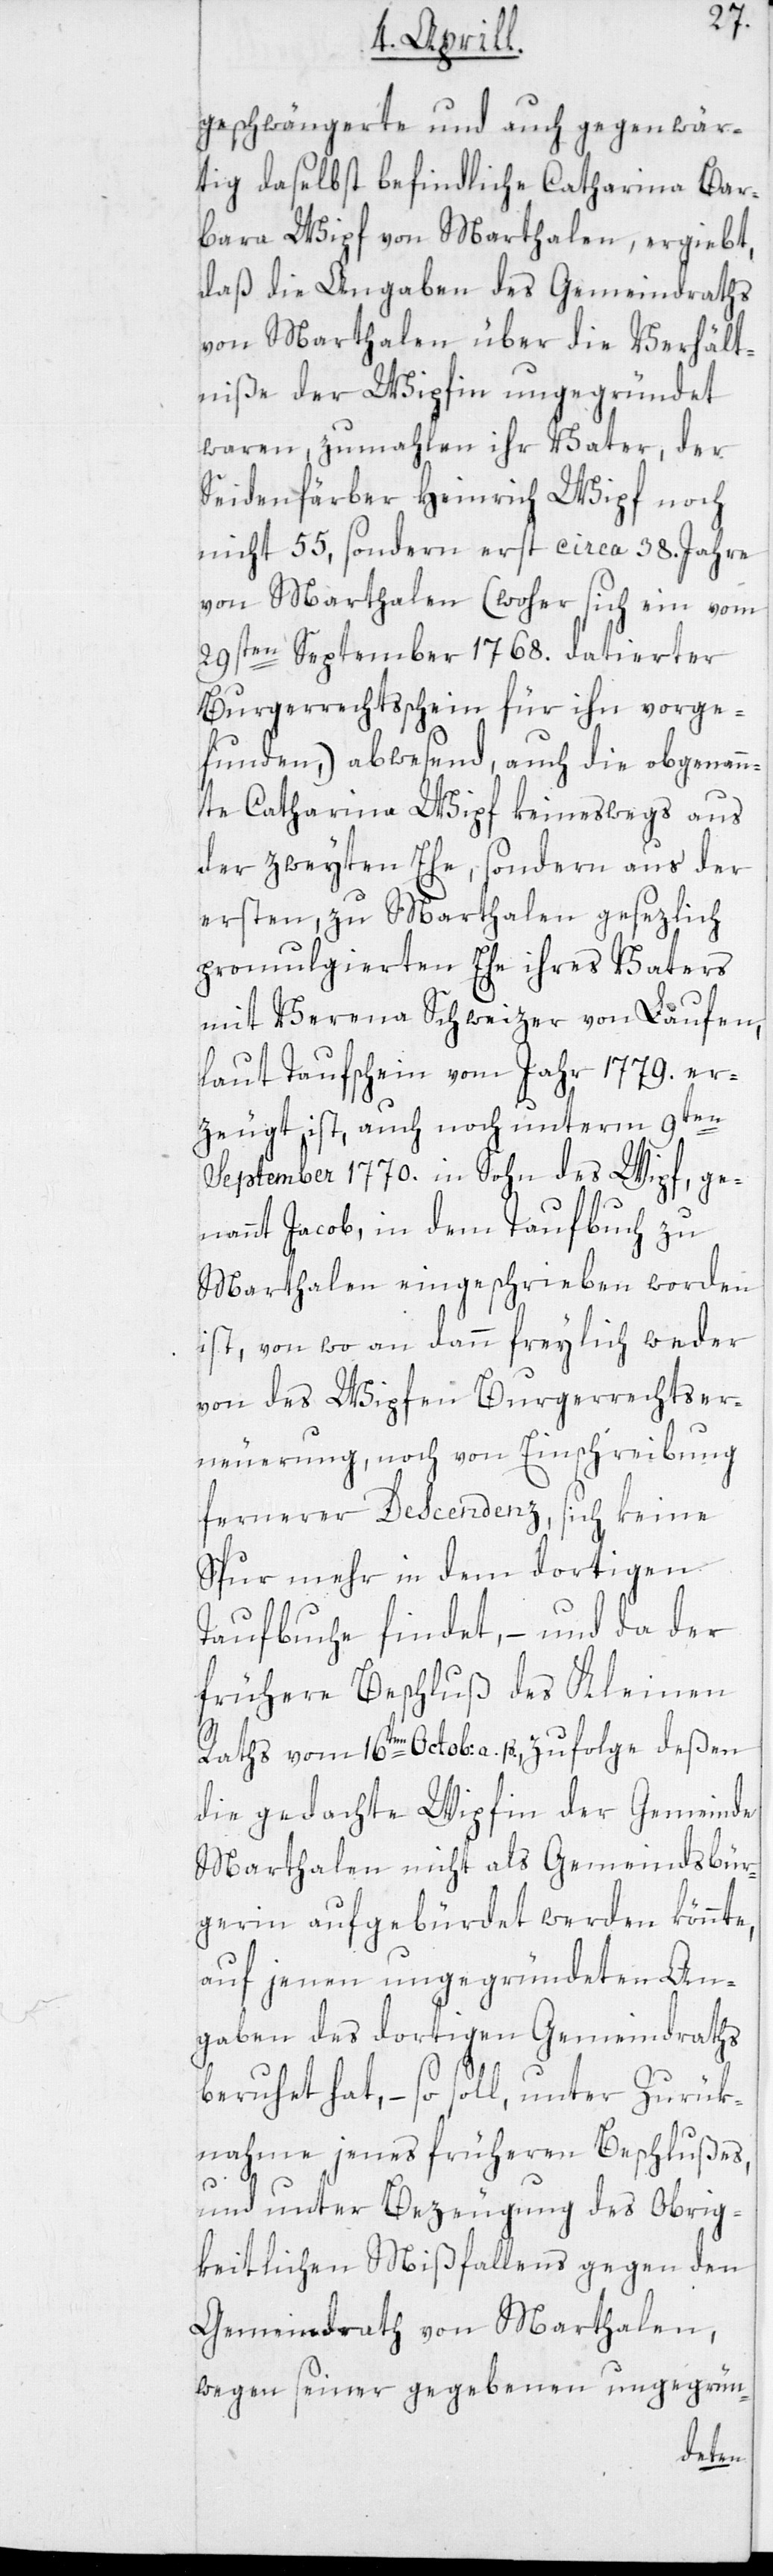
geschwängerte und auch gegenwär¬
tig daselbst befindliche Catharina Bar¬
bara Wipf von Marthalen, ergiebt,
daß die Angaben des Gemeindraths
von Marthalen über die Verhält¬
niße der Wipfin ungegründet
waren, zumahlen ihr Vater, der
Seidenfärber Heinrich Wipf noch
nicht 55, sondern erst circa 38. Jahre
von Marthalen (woher sich ein vom
29sten September 1768. datierter
Burgerrechtsschein für ihn vorge¬
funden,) abwesend, auch die obgenan¬
nte Catharina Wipf keineswegs aus
der zweyten Ehe, sondern aus der
ersten, zu Marthalen gesezlich
promulgierten Ehe ihres Vaters
mit Verena Schweizer von Laufen,
laut Taufschein vom Jahr 1779. er¬
zeugt ist, auch noch unterm 9ten
September 1770. [e]in Sohn des Wipf, ge¬
nannt Jacob, in dem Taufbuch zu
Marthalen eingeschrieben worden
ist, von wo an dann freylich weder
von des Wipfen Burgerrechtser¬
neuerung, noch von Einschreibung
fernerer Descendenz, sich keine
Spur mehr in dem dortigen
Taufbuche findet, – und da der
frühere Beschluß des Kleinen
Raths vom 16ten Octob: a.p., zufolge deßen
die gedachte Wipfin der Gemeinde
Marthalen nicht als Gemeindsbür¬
gerin aufgebürdet werden könnte,
auf jenen ungegründeten An¬
gaben des dortigen Gemeindraths
beruhet hat, – so soll, unter Zurük¬
nahme jenes früheren Beschlußes,
und unter Bezeugung des Obrig¬
keitlichen Mißfallens gegen den
Gemeindrath von Marthalen,
wegen seiner gegebenen ungegrün-